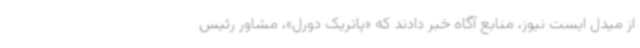
از میدل ایست نیوز، منابع آگاه خبر دادند که «پاتریک دورل»، مشاور رئیس